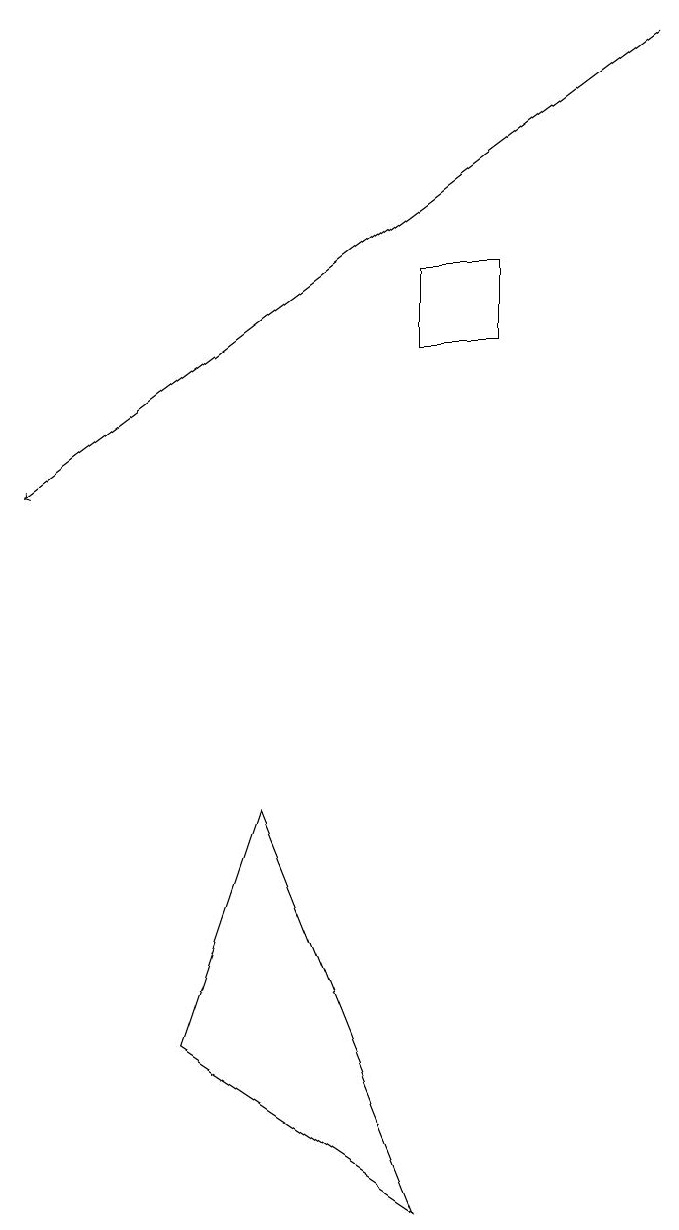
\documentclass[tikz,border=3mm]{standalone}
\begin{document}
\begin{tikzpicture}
\draw (6,13) rectangle (5,12);
\draw (2,3) -- (5,1) -- (3,6) -- cycle;
\draw[->] (8,16) -- (0,10);
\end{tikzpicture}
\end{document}